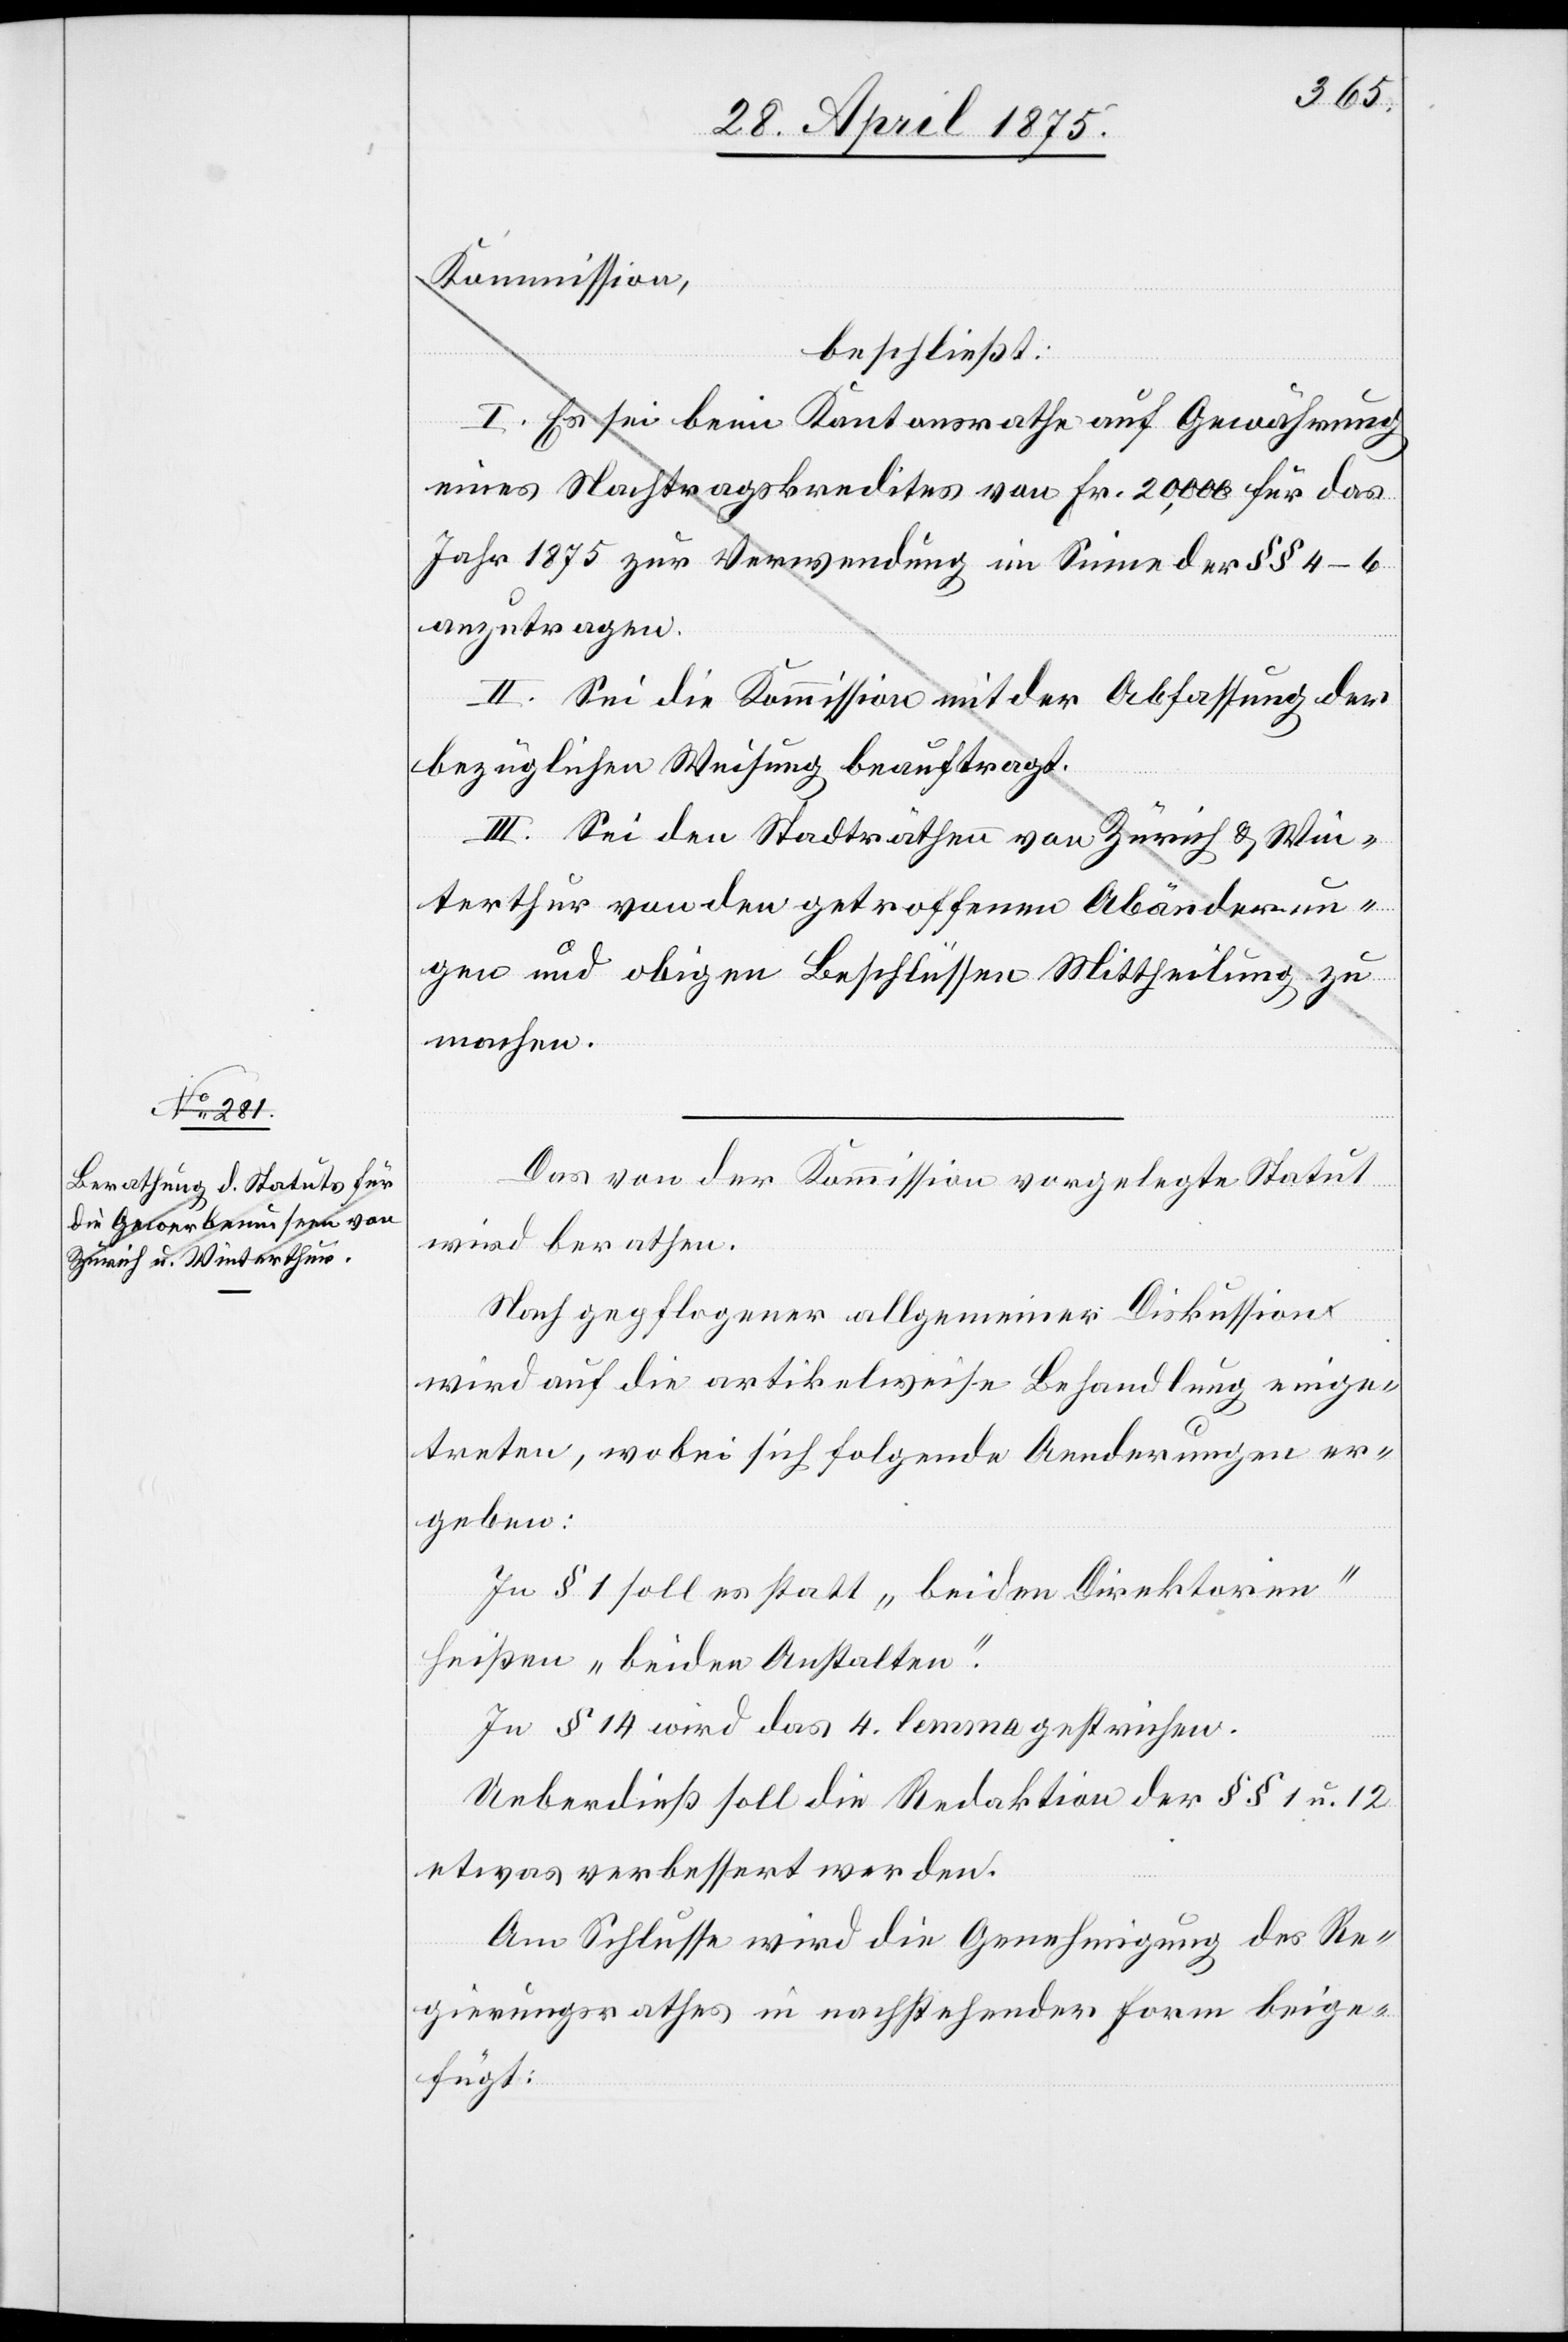
Das von der Kommission vorgelegte Statut
wird berathen.
Nach gepflogener allgemeiner Diskussion
wird auf die artikelweise Behandlung einge¬
treten, wobei sich folgende Aenderungen er¬
geben:
Zu § 1 soll es statt „beiden Direktorien“
heißen „beiden Anstalten“.
Zu § 14 wird das 4. lemma gestrichen.
Ueberdieß soll die Redaktion der §§ 1 u. 12
etwas verbessert werden.
Am Schlusse wird die Genehmigung des Re¬
gierungsrathes in nachstehender Form beige¬
fügt: